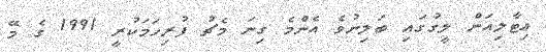
އިޓާލިއަން ލީގުގައި ބަލިނުވެ އެންމެ ގިނަ މެޗު ފުރިހަމަކުރީ 1991 ގެ މޭ